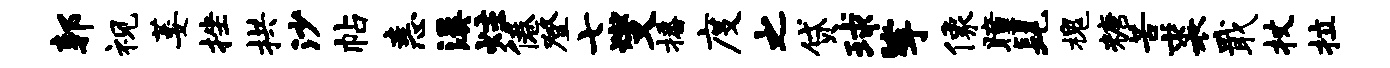
郭视萎挫拱沙帖恚溪炷倦登七燮播度之贷球挲像瞳髦槐糖苦裘戢杖拉